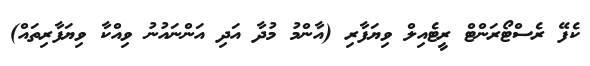
ކެފޭ ރެސްޓޯރަންޓް ރީޓެއިލް ވިޔަފާރި (އާންމު މުދާ އަދި އަންނައުނު ވިއްކާ ވިޔަފާރިތައް)